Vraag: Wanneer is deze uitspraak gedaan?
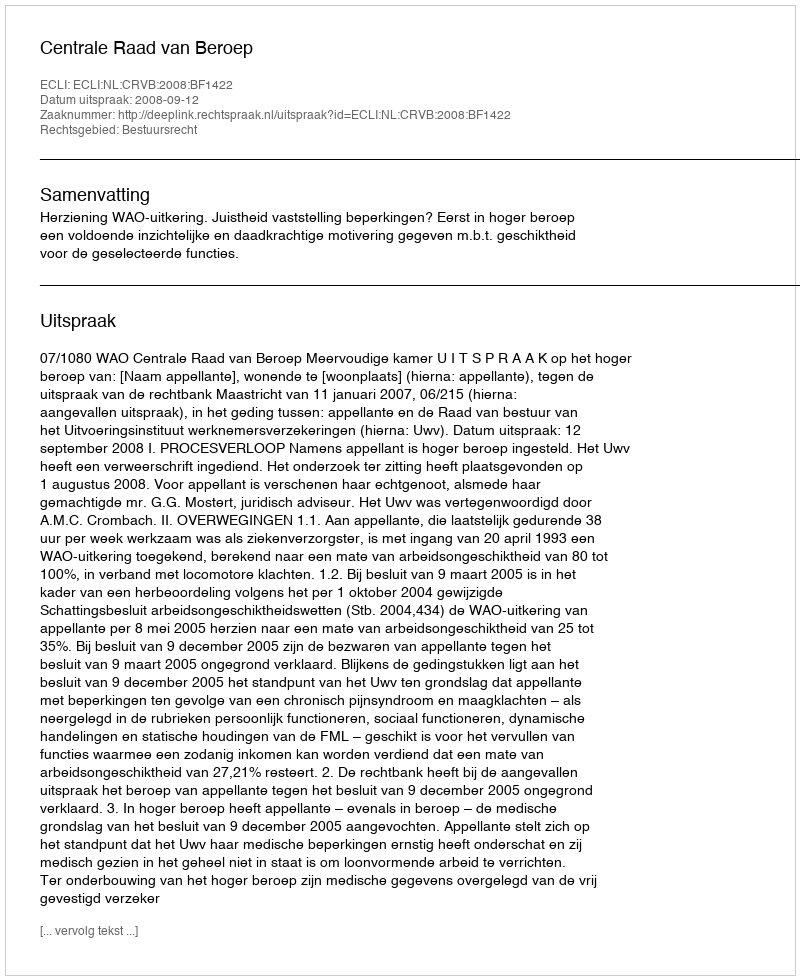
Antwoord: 2008-09-12